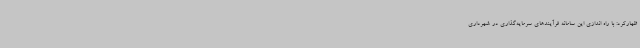
ظهارکرد: با راه اندازی این سامانه فرآیندهای سرمایه‌گذاری در شهرداری